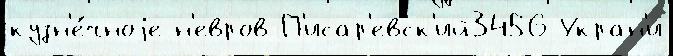
кузн'е́чноjе н'евров П'исар'евск'ий3456 Укран'и